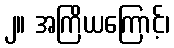
၂။ အကြိယကြောင့်၊